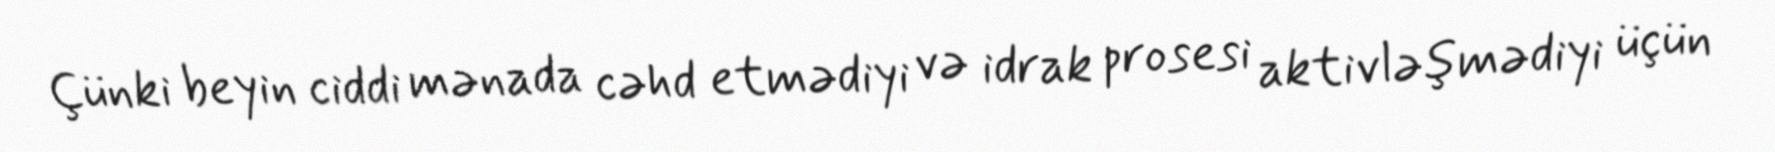
Çünki beyin ciddi mənada cəhd etmədiyi və idrak prosesi aktivləşmədiyi üçün